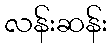
လန်းဆန်း